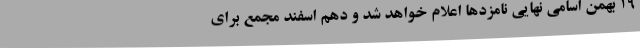
19 بهمن اسامی نهایی نامزدها اعلام خواهد شد و دهم اسفند مجمع برای